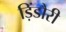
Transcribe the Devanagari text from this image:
ड़िंडौरी